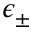
\epsilon _ { \pm }